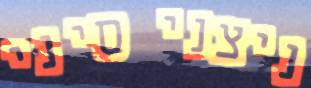
ניצני סיני